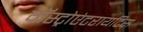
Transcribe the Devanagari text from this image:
गॅस्ट्रोएंटरायटिस